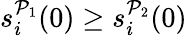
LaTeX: s_{i}^{\mathcal{P}_{1}}(0)\geq s_{i}^{\mathcal{P}_{2}}(0)